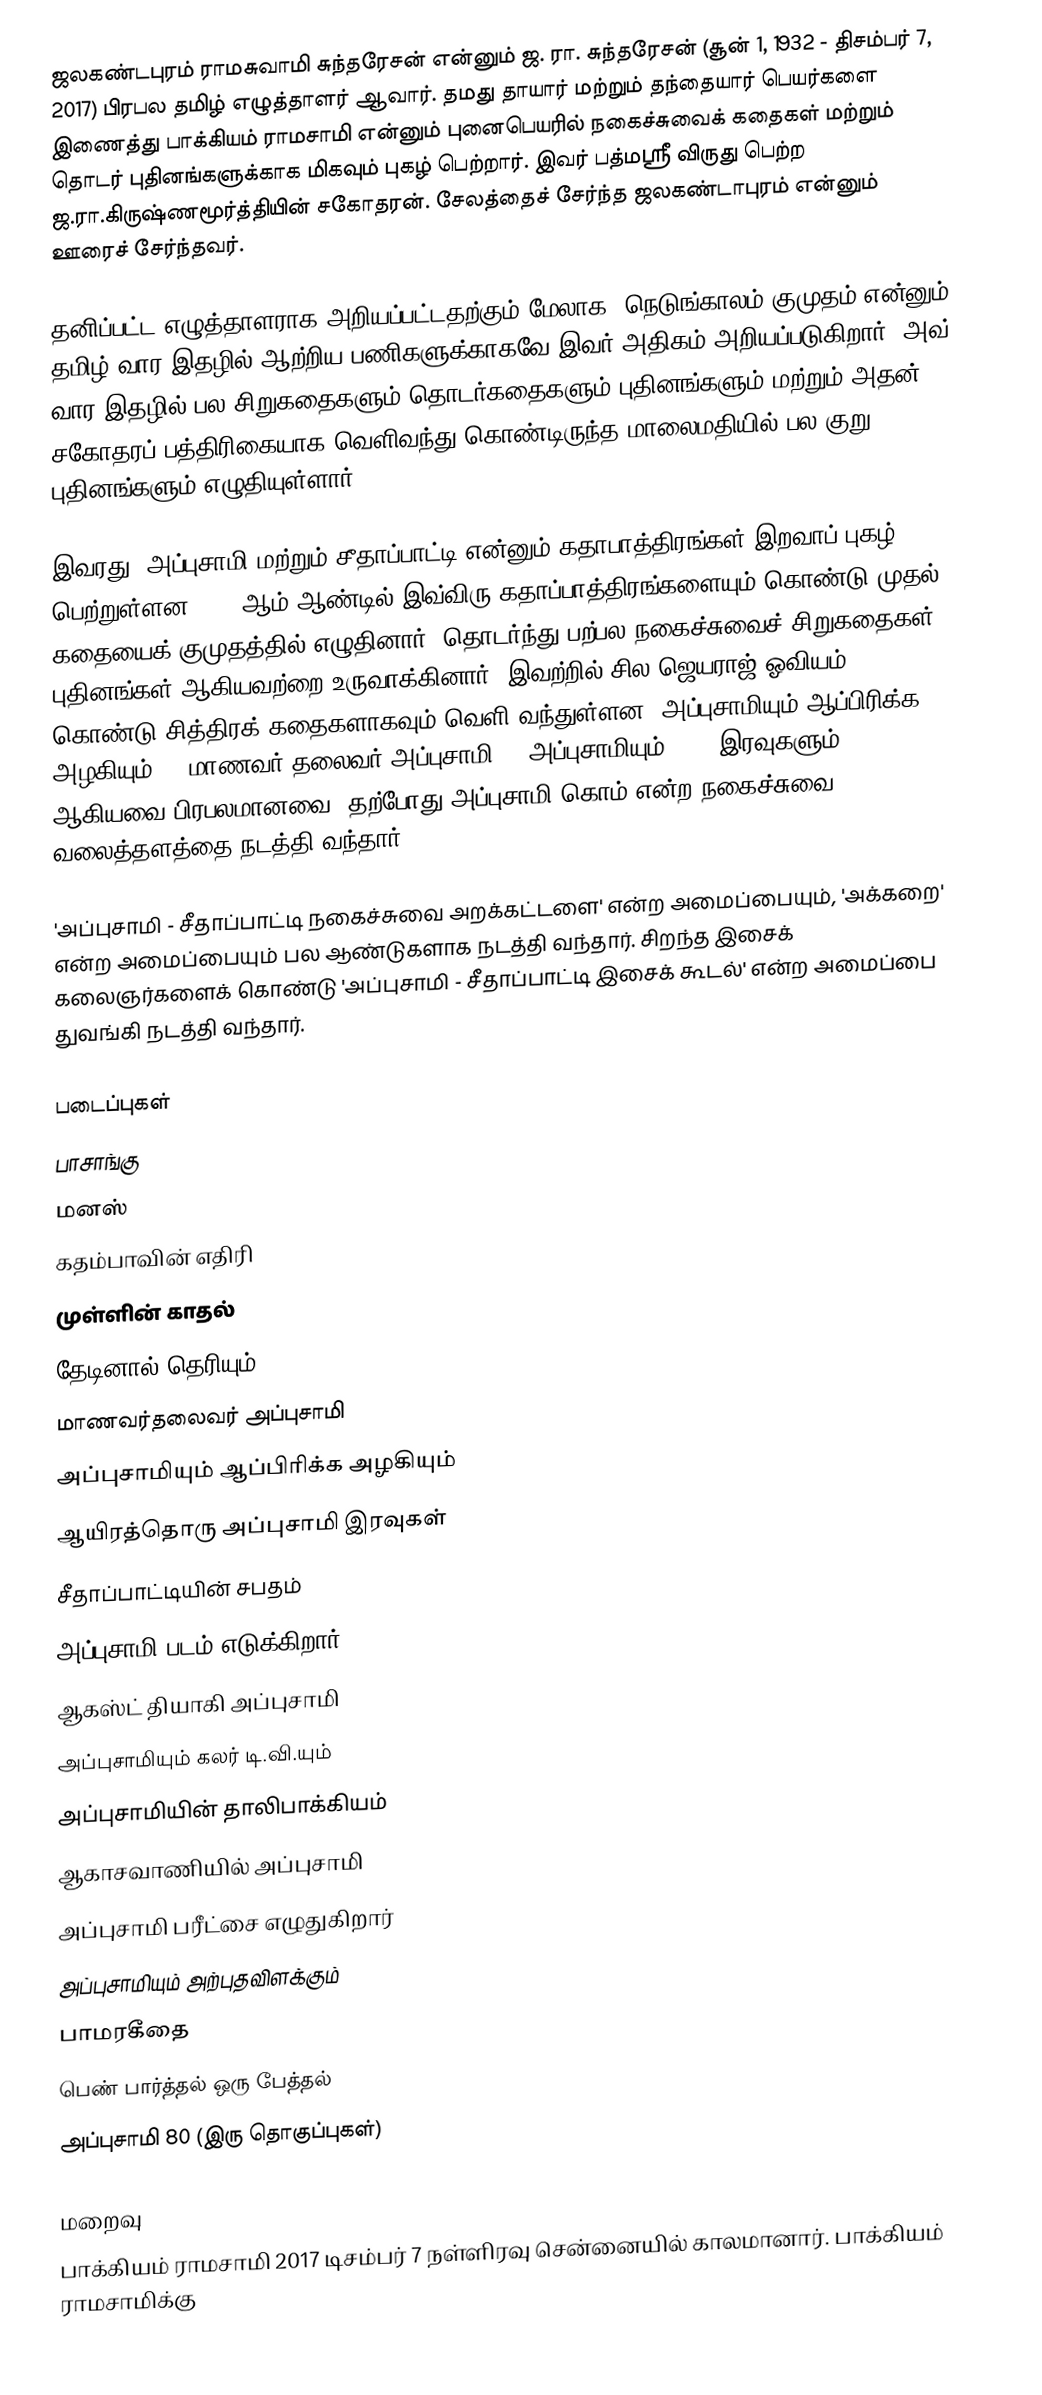
ஜலகண்டபுரம் ராமசுவாமி சுந்தரேசன் என்னும் ஜ. ரா. சுந்தரேசன் (சூன் 1, 1932 - திசம்பர் 7, 2017) பிரபல தமிழ் எழுத்தாளர் ஆவார். தமது தாயார் மற்றும் தந்தையார் பெயர்களை இணைத்து பாக்கியம் ராமசாமி என்னும் புனைபெயரில் நகைச்சுவைக் கதைகள் மற்றும் தொடர் புதினங்களுக்காக மிகவும் புகழ் பெற்றார். இவர் பத்மஸ்ரீ விருது பெற்ற ஜ.ரா.கிருஷ்ணமூர்த்தியின் சகோதரன். சேலத்தைச் சேர்ந்த ஜலகண்டாபுரம் என்னும் ஊரைச் சேர்ந்தவர்.

தனிப்பட்ட எழுத்தாளராக அறியப்பட்டதற்கும் மேலாக, நெடுங்காலம் குமுதம் என்னும் தமிழ் வார இதழில் ஆற்றிய பணிகளுக்காகவே இவர் அதிகம் அறியப்படுகிறார். அவ் வார இதழில் பல சிறுகதைகளும் தொடர்கதைகளும் புதினங்களும் மற்றும் அதன் சகோதரப் பத்திரிகையாக வெளிவந்து கொண்டிருந்த மாலைமதியில் பல குறு புதினங்களும் எழுதியுள்ளார்.

இவரது, அப்புசாமி மற்றும் சீதாப்பாட்டி என்னும் கதாபாத்திரங்கள் இறவாப் புகழ் பெற்றுள்ளன. 1963ஆம் ஆண்டில் இவ்விரு கதாப்பாத்திரங்களையும் கொண்டு முதல் கதையைக் குமுதத்தில் எழுதினார். தொடர்ந்து பற்பல நகைச்சுவைச் சிறுகதைகள், புதினங்கள் ஆகியவற்றை உருவாக்கினார். இவற்றில் சில ஜெயராஜ் ஓவியம் கொண்டு சித்திரக் கதைகளாகவும் வெளி வந்துள்ளன.'அப்புசாமியும் ஆப்பிரிக்க அழகியும்', 'மாணவர் தலைவர் அப்புசாமி', 'அப்புசாமியும் 1001 இரவுகளும்' ஆகியவை பிரபலமானவை. தற்போது அப்புசாமி.கொம் என்ற நகைச்சுவை வலைத்தளத்தை நடத்தி வந்தார்.

'அப்புசாமி - சீதாப்பாட்டி நகைச்சுவை அறக்கட்டளை' என்ற அமைப்பையும்,  'அக்கறை' என்ற அமைப்பையும் பல ஆண்டுகளாக நடத்தி வந்தார். சிறந்த இசைக் கலைஞர்களைக் கொண்டு 'அப்புசாமி - சீதாப்பாட்டி இசைக் கூடல்' என்ற அமைப்பை துவங்கி நடத்தி வந்தார்.

படைப்புகள்
 பாசாங்கு
 மனஸ்
 கதம்பாவின் எதிரி
 முள்ளின் காதல்
 தேடினால் தெரியும்
 மாணவர்தலைவர் அப்புசாமி
 அப்புசாமியும் ஆப்பிரிக்க அழகியும்
 ஆயிரத்தொரு அப்புசாமி இரவுகள்
 சீதாப்பாட்டியின் சபதம்
 அப்புசாமி படம் எடுக்கிறார்
 ஆகஸ்ட் தியாகி அப்புசாமி
 அப்புசாமியும் கலர் டி.வி.யும்
 அப்புசாமியின் தாலிபாக்கியம்
 ஆகாசவாணியில் அப்புசாமி
 அப்புசாமி பரீட்சை எழுதுகிறார்
 அப்புசாமியும் அற்புதவிளக்கும்
 பாமரகீதை
 பெண் பார்த்தல் ஒரு பேத்தல்
 அப்புசாமி 80 (இரு தொகுப்புகள்)

மறைவு
பாக்கியம் ராமசாமி 2017 டிசம்பர் 7 நள்ளிரவு சென்னையில் காலமானார். பாக்கியம் ராமசாமிக்கு